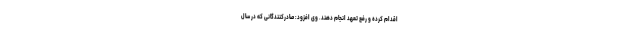
اقدام کرده و رفع تعهد انجام دهند. وی افزود: صادرکنندگانی که در سال